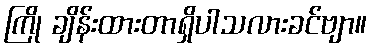
ကြို ချိန်းထားတာရှိပါသလားခင်ဗျာ။